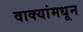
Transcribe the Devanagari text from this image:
वाक्यांमधून